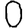
Digit: 0